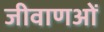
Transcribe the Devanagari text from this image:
जीवाणओं